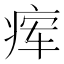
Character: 𬏫